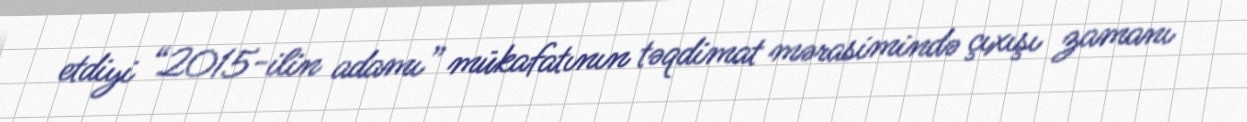
etdiyi “2015-ilin adamı” mükafatının təqdimat mərasimində çıxışı zamanı